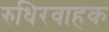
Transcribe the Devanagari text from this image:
रुधिरवाहक